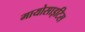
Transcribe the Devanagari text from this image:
मायोसाइटिस